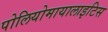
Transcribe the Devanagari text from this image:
पोलियोमायालाइटिस